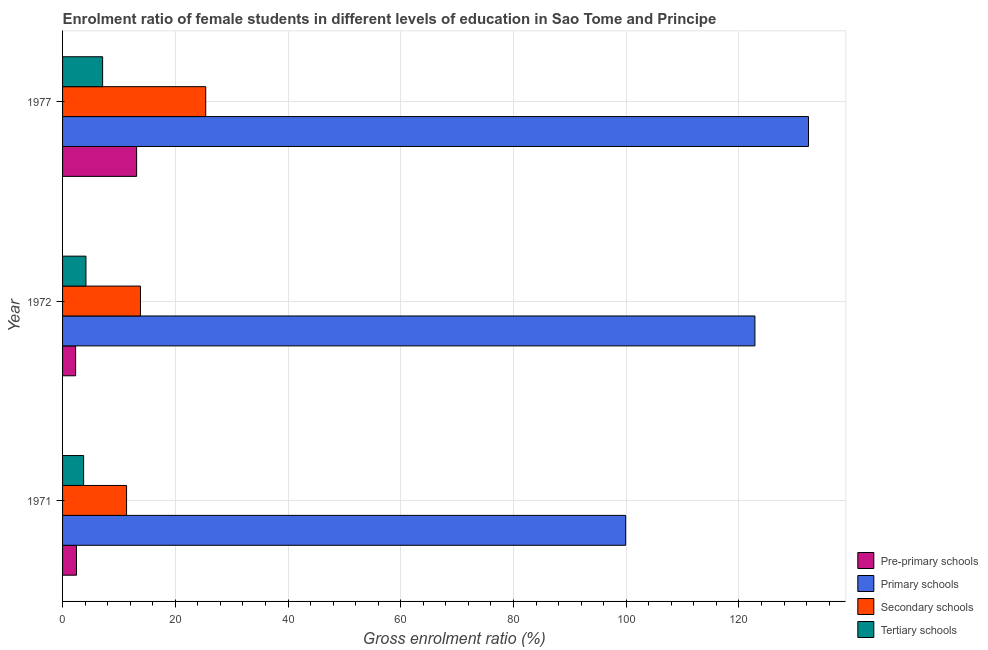
| Year | Pre-primary schools | Primary schools | Secondary schools | Tertiary schools |
 | --- | --- | --- | --- | --- |
 | 1971 | 2.47 | 99.9 | 11.4 | 3.74 |
 | 1972 | 2.32 | 123 | 13.8 | 4.15 |
 | 1977 | 13.1 | 132 | 25.4 | 7.11 |